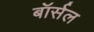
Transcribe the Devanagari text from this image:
बॉर्सल